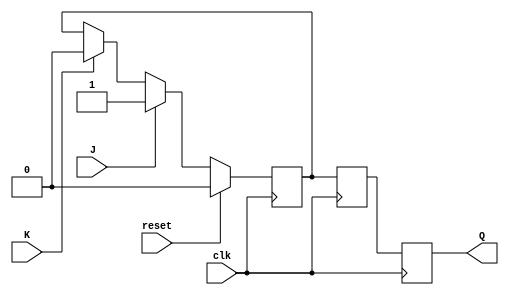
module JKFlipFlop(
    input wire clk,
    input wire reset,
    input wire J,
    input wire K,
    output reg Q
);

reg master_ff, slave_ff;

// Master flip-flop
always @(posedge clk) begin
    if (reset) begin
		master_ff <= 0;
    end else begin
        master_ff <= J ? 1 : (K ? 0 : master_ff);
    end
end

// Slave flip-flop
always @(negedge clk) begin
    slave_ff <= master_ff;
end

// Output Q
always @(posedge clk) begin
    Q <= slave_ff;
end

endmodule